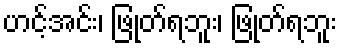
ဟင့်အင်း၊ ဖြုတ်ရဘူး၊ ဖြုတ်ရဘူး